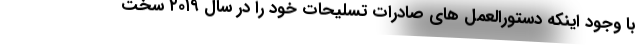
با وجود اینکه دستورالعمل های صادرات تسلیحات خود را در سال ۲۰۱۹ سخت